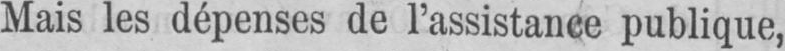
Mais les dépenses de l’assistance publique,